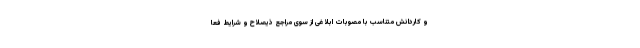
و کاردانش متناسب با مصوبات ابلاغی از سوی مراجع ذیصلاح و شرایط فعا